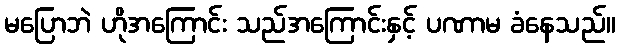
မပြောဘဲ ဟိုအကြောင်း သည်အကြောင်းနှင့် ပဏာမ ခံနေသည်။